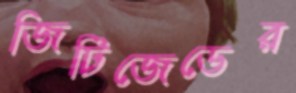
জিটিজেডের